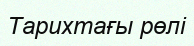
Тарихтағы рөлі